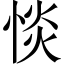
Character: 惔